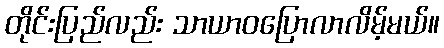
တိုင်းပြည်လည်း သာယာဝပြောလာလိမ့်မယ်။